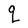
Character: q